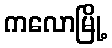
ကလောမြို့